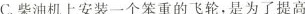
C.柴油上安装一个笨重的飞轮，是为了提高